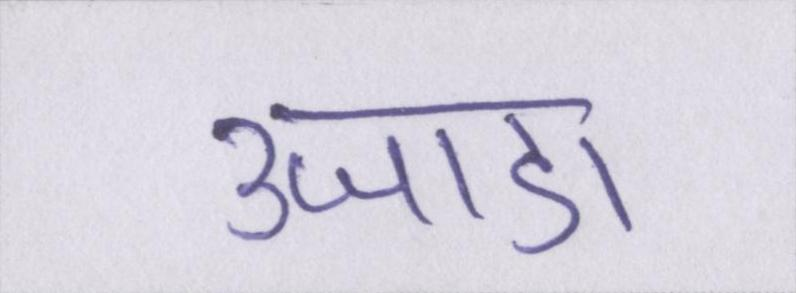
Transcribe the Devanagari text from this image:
उजाडा